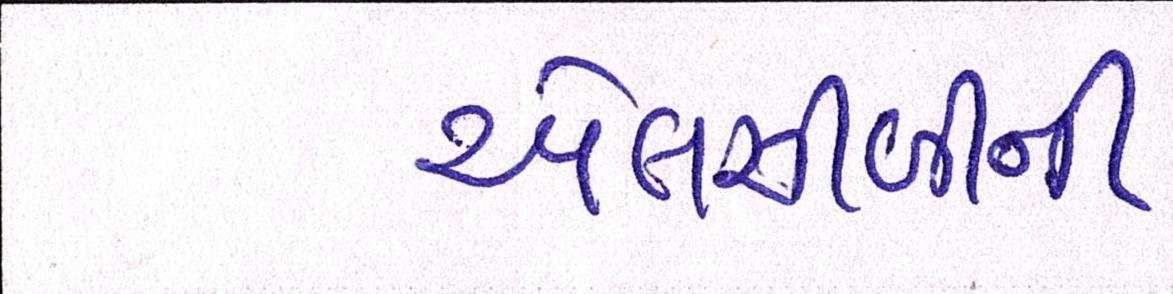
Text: એલસીબીની